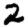
Digit: 2